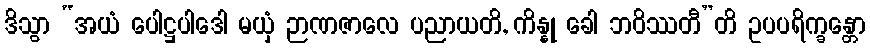
ဒိသွာ “အယံ ပေါဋ္ဌပါဒေါ မယှံ ဉာဏဇာလေ ပညာယတိ, ကိန္နု ခေါ ဘဝိဿတီ”တိ ဥပပရိက္ခန္တော